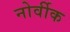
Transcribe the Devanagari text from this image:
नोर्वीक